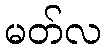
မတ်လ